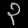
Digit: ၃